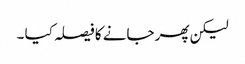
لیکن پھر جانے کا فیصلہ کیا ۔